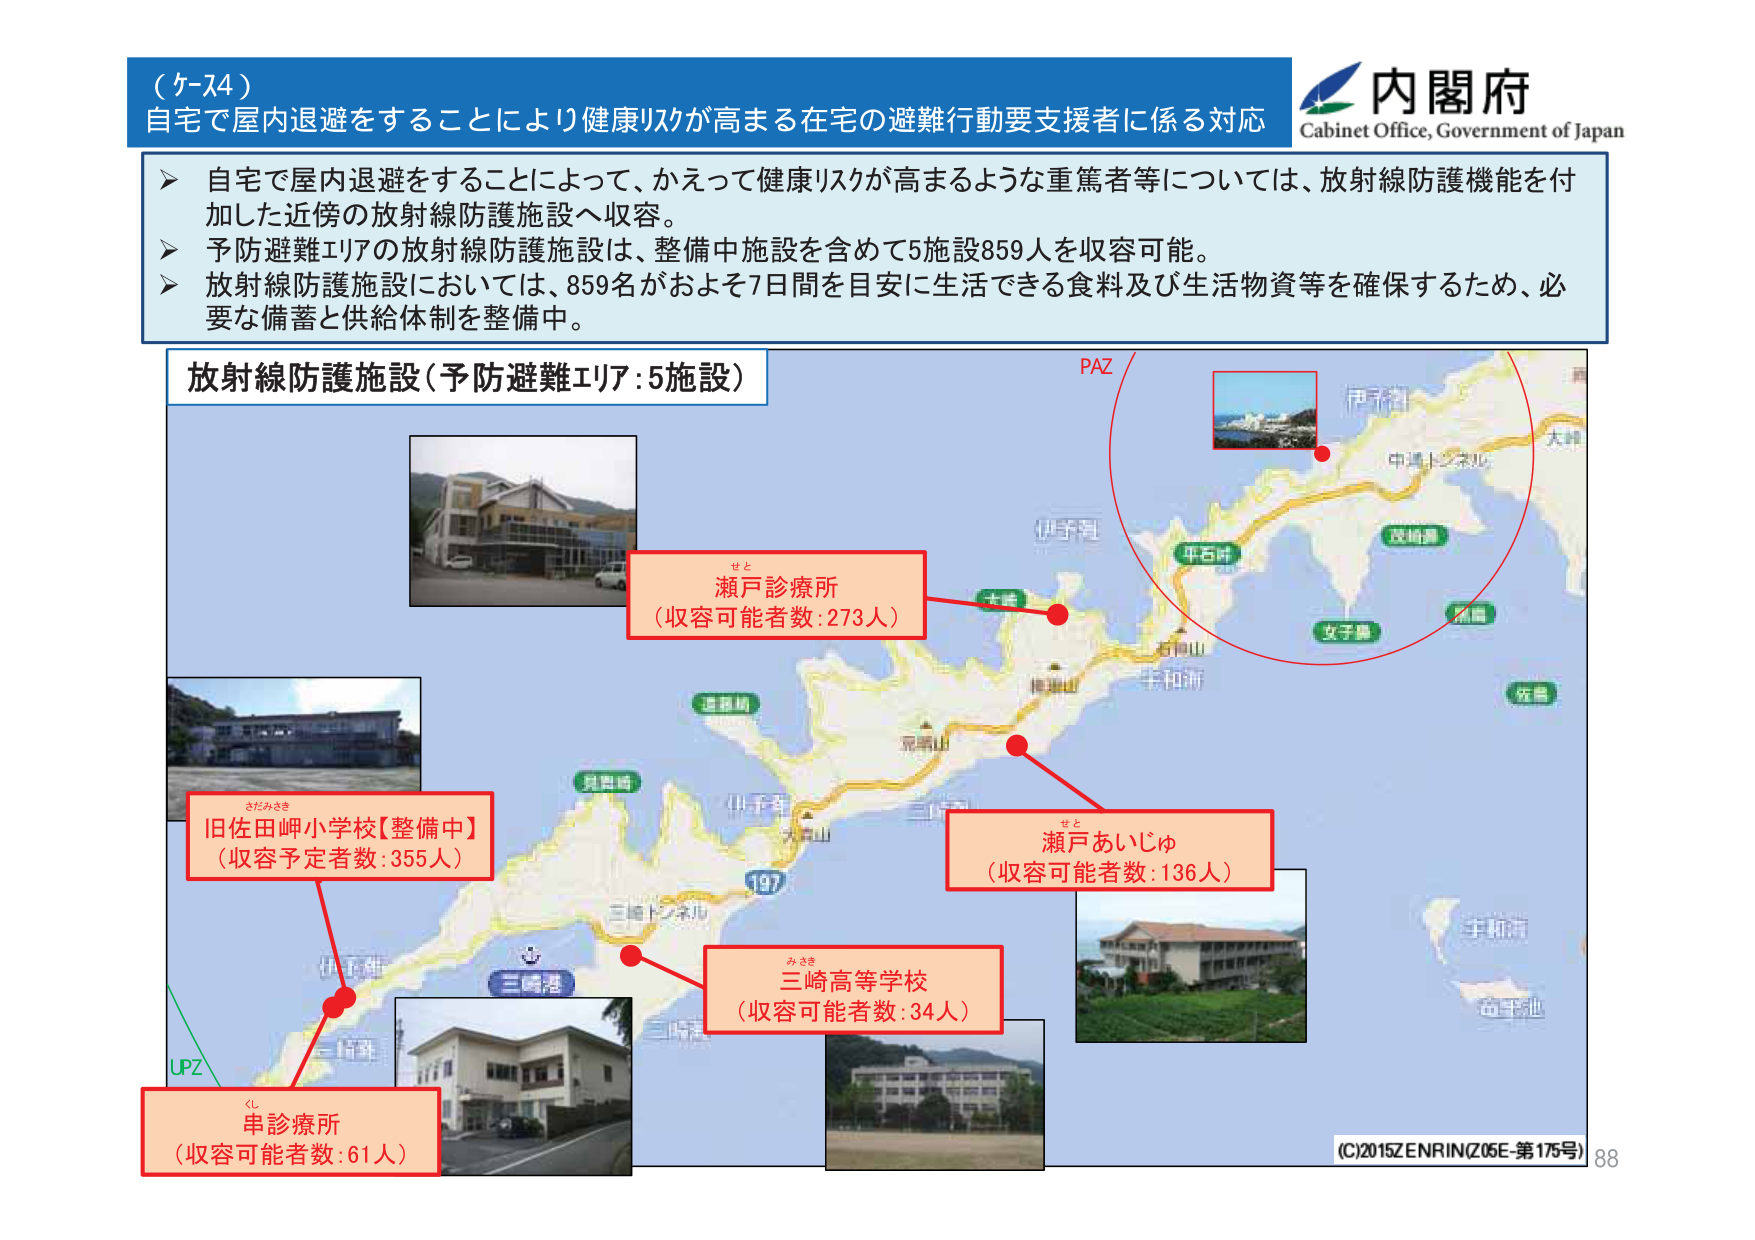
（ケース4）
自宅で屋内退避をすることにより健康リスクが高まる在宅の避難行動要支援者に係る対応

▶ 自宅で屋内退避をすることによって、かえって健康リスクが高まるような重篤者等については、放射線防護機能を付加した近傍の放射線防護施設へ収容。
▶ 予防避難エリアの放射線防護施設は、整備中施設を含めて5施設859人を収容可能。
▶ 放射線防護施設においては、859名がおよそ7日間を目安に生活できる食料及び生活物資等を確保するため、必要な備蓄と供給体制を整備中。

放射線防護施設（予防避難エリア：5施設）

PAZ
伊豆諸島
中通トンネル
平石峠
双崎峠
女子島
佐島
宇和海
深浦山
伊予峠
大山
三崎トンネル
三崎港
三崎町
伊豆半島
UPZ

せと
瀬戸診療所
（収容可能者数：273人）

さだみさき
旧佐田岬小学校【整備中】
（収容予定者数：355人）

せと
瀬戸あいじゅ
（収容可能者数：136人）

みさき
三崎高等学校
（収容可能者数：34人）

くし
串診療所
（収容可能者数：61人）

内閣府
Cabinet Office, Government of Japan

(C)2015 ZENRIN(Z05E-第175号) 88